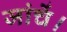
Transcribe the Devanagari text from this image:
जांचें।